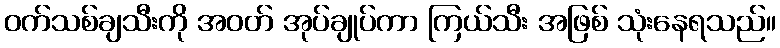
ဝက်သစ်ချသီးကို အဝတ် အုပ်ချုပ်ကာ ကြယ်သီး အဖြစ် သုံးနေရသည်။